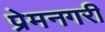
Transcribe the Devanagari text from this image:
प्रेमनगरी